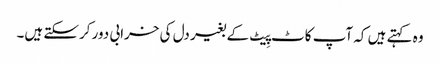
وہ کہتے ہیں کہ آپ کاٹ پِیٹ کے بغیر دل کی خرابی دور کرسکتے ہیں۔